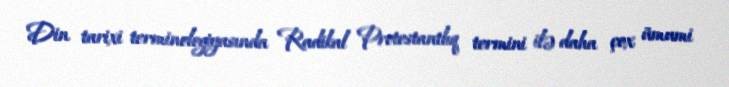
Din tarixi terminologiyasında Radikal Protestantlıq termini ilə daha çox ümumi